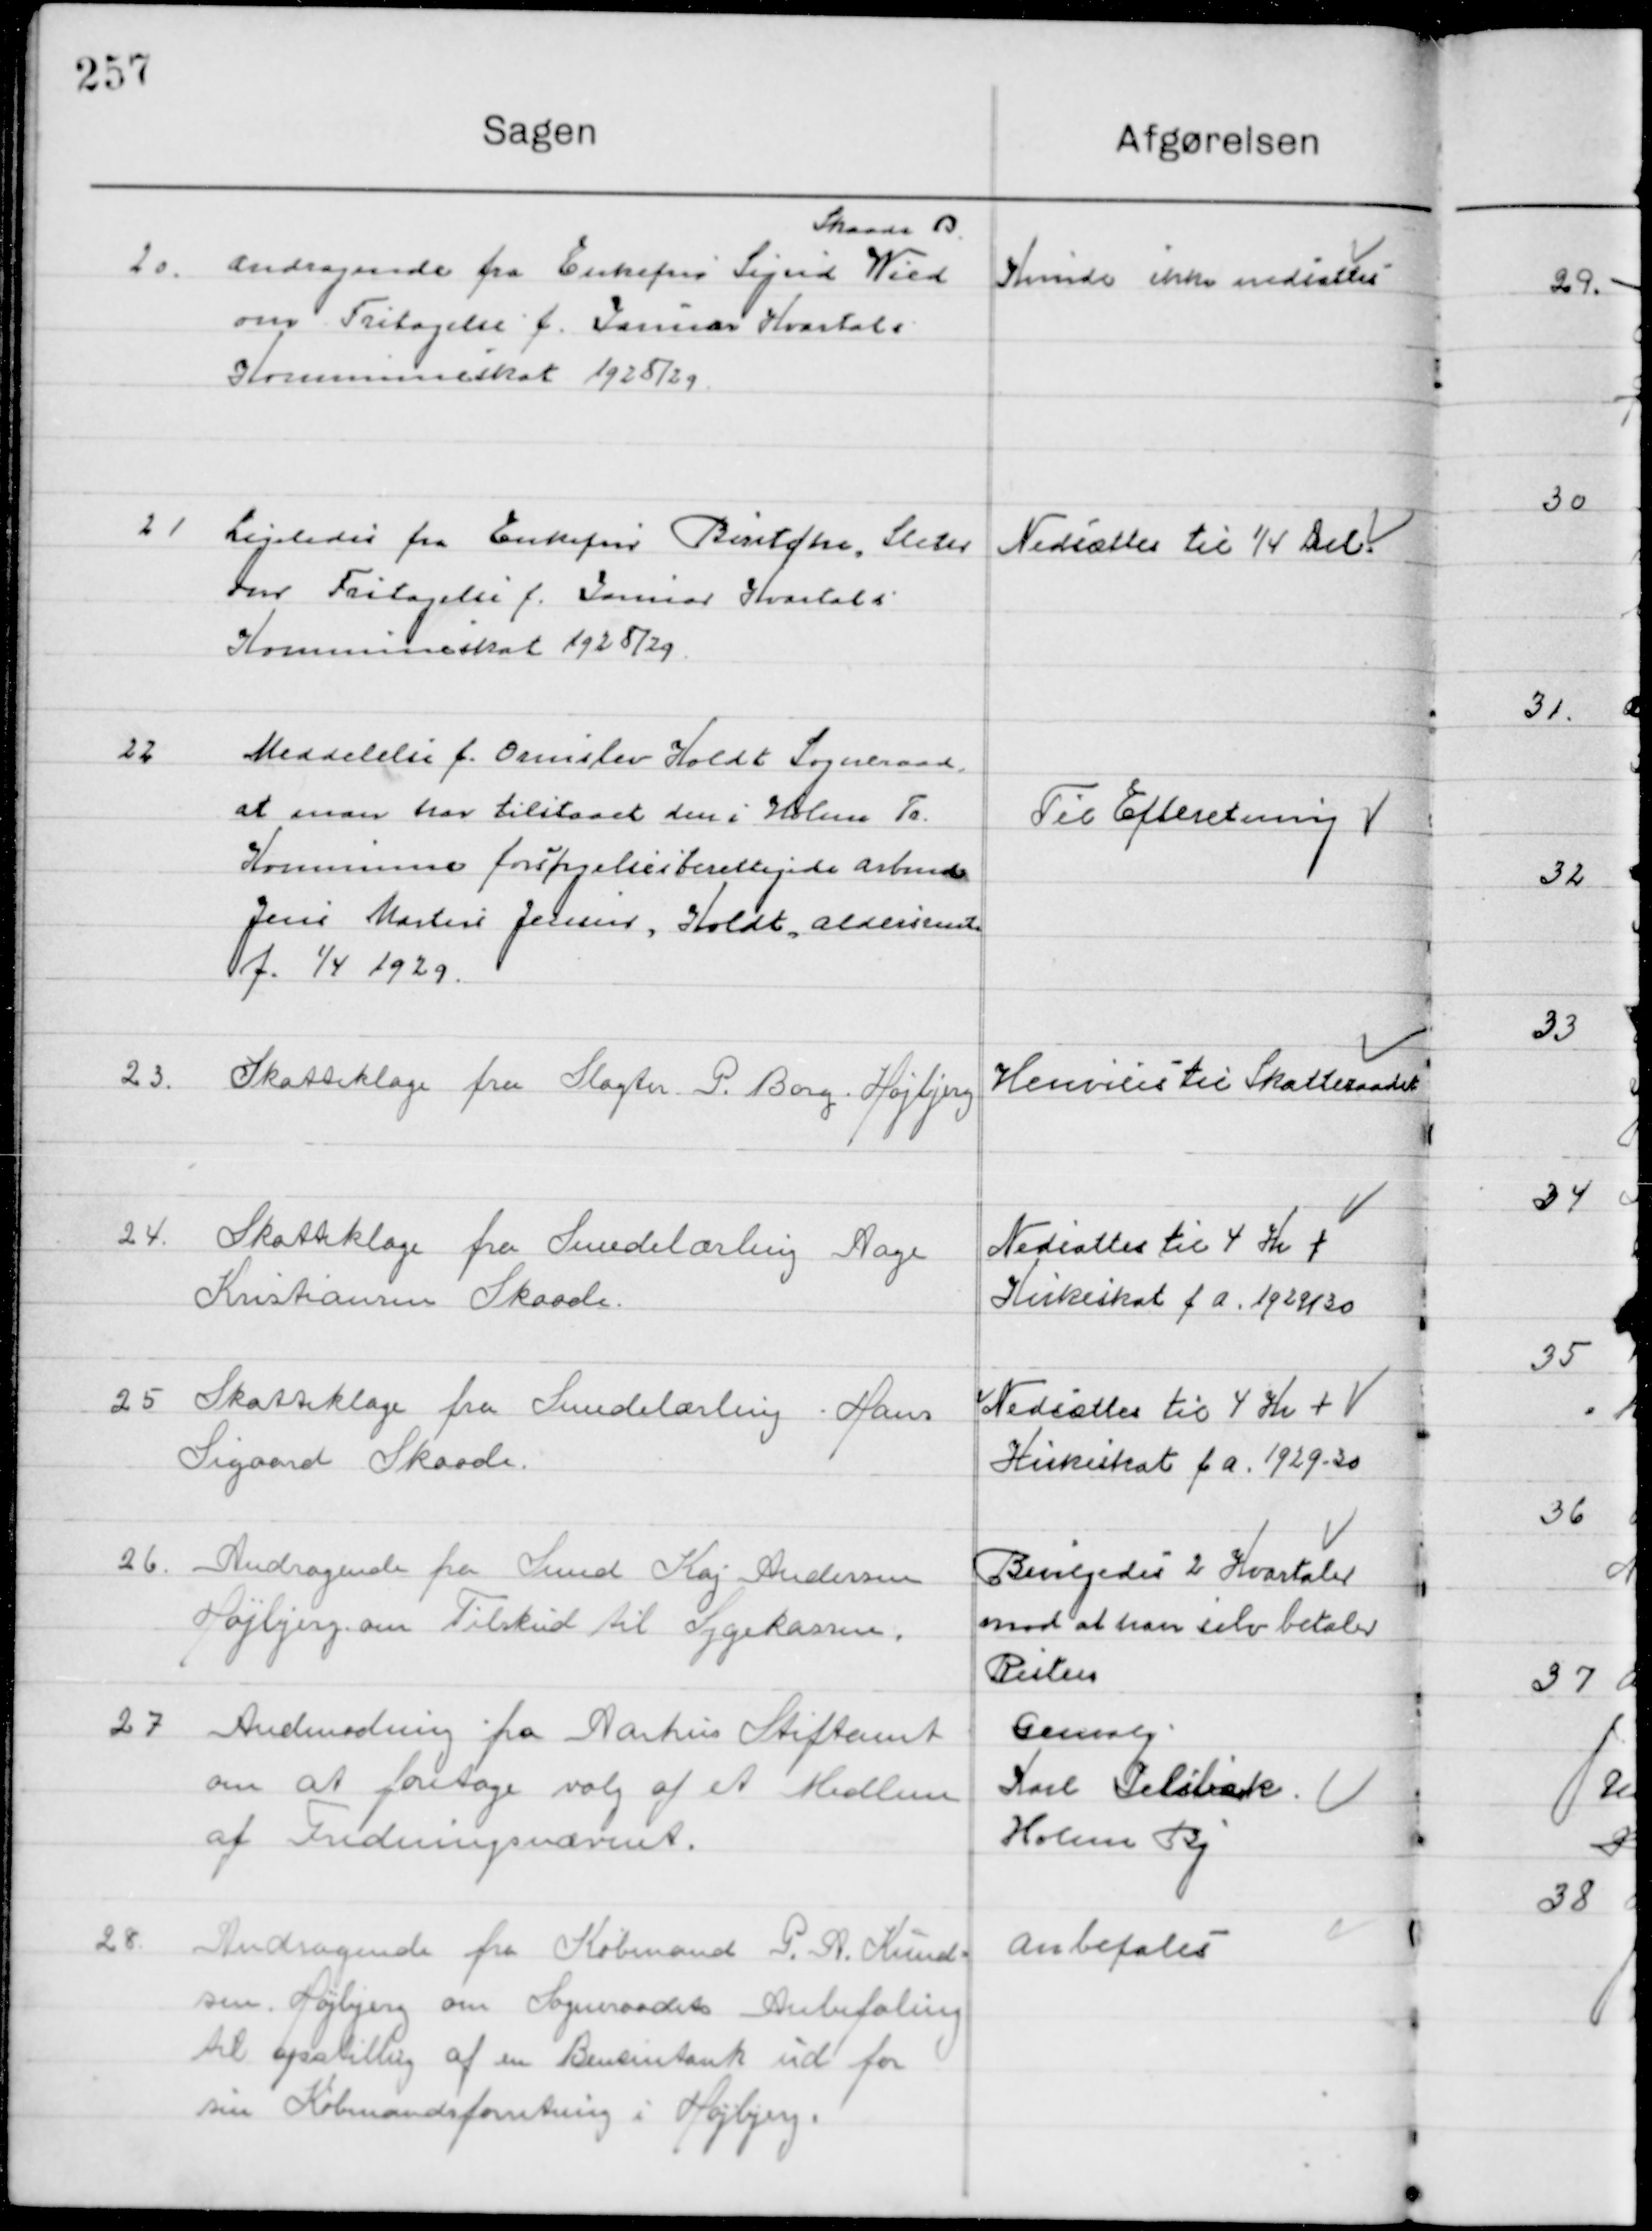
Transskription:
20

Andragende fra Enkefru Sigurd Wied 
Skaade By
om fritagelse f. Januar Kvartals
Kommuneskat 1928/29

Kunde ikke nedsættes

21

Ligeledes fra Enkefru Bentcke, Sleth
om Fritagelse f. Januar Kvartals 
Kommuneskat 1928/29

Nedsættes til ¼ del

22

Meddelelse f. Ormslev Koldt Sogneraad
at man har tilstaaet den i Holme Tr.
Kommune forsørgelsesberettigede Arbmd.
Jens Martin Jensen Koldt Aldersrente
f. 1/4 1929.

Til Efterretning

23

Skatteklage fra Slagter P. Borg Højberg

Henvises til Skatteraadet

24

Skatteklage fra Svendelærling Aage
Kristiansen Skaade

Nedsættes til 4 Kr. 
Kirkeskat f. A. 1929/30

25

Skatteklage fra Svendelærling Hans
Sigaard Skaade

Nedsættes til 4 Kr. 
Kirkeskat f. A. 1929/30

26

Andragende fra Svend Kaj Andersen
Højbjerg om Tilskud til Sygekassen

Bevilgedes 2 Kvartal
Mod at han selv betaler 
Resten

27

Anmodning fra Aarhus Stiftsamt
om at foretage valg af et Medlem
af fredningsnævnet

Genvalg
Karl Jelsbak
Holme By

28

Andragende fra Købmand P. A. Knud-
sen Højbjerg om Sogneraadet Anbefaling
til opstilling af en benzintank ud for
sin Købmandsforretning i Højbjerg.

Anbefales